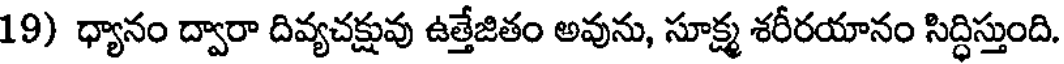
19) ధ్యానం ద్వారా దివ్యచక్షువు ఉత్తేజితం అవును, సూక్ష్మ శరీరయానం సిద్ధిస్తుంది.